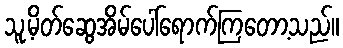
သူ့မိတ်ဆွေအိမ်ပေါ်ရောက်ကြတော့သည်။